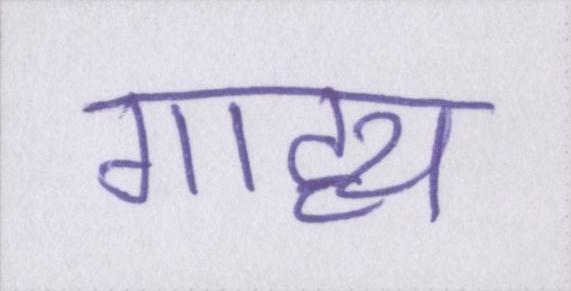
गाह्य